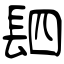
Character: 䦉